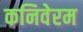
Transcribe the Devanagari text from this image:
कनिवेरम